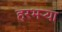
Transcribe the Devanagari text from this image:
हरभऱ्या